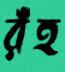
রঁহ